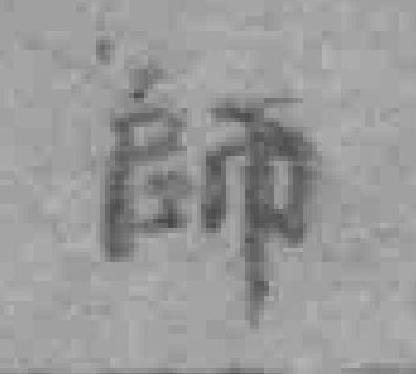
師